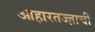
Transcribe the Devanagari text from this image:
आहारतज्‍ज्ञाची